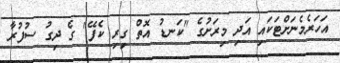
އަހަރެމެނަށްޓަކައި އަދި މިރަށުގެ "ކަނޑު އޮތް ގިރި ކެފޭ" ގެ ދިގު ސުފުރާ